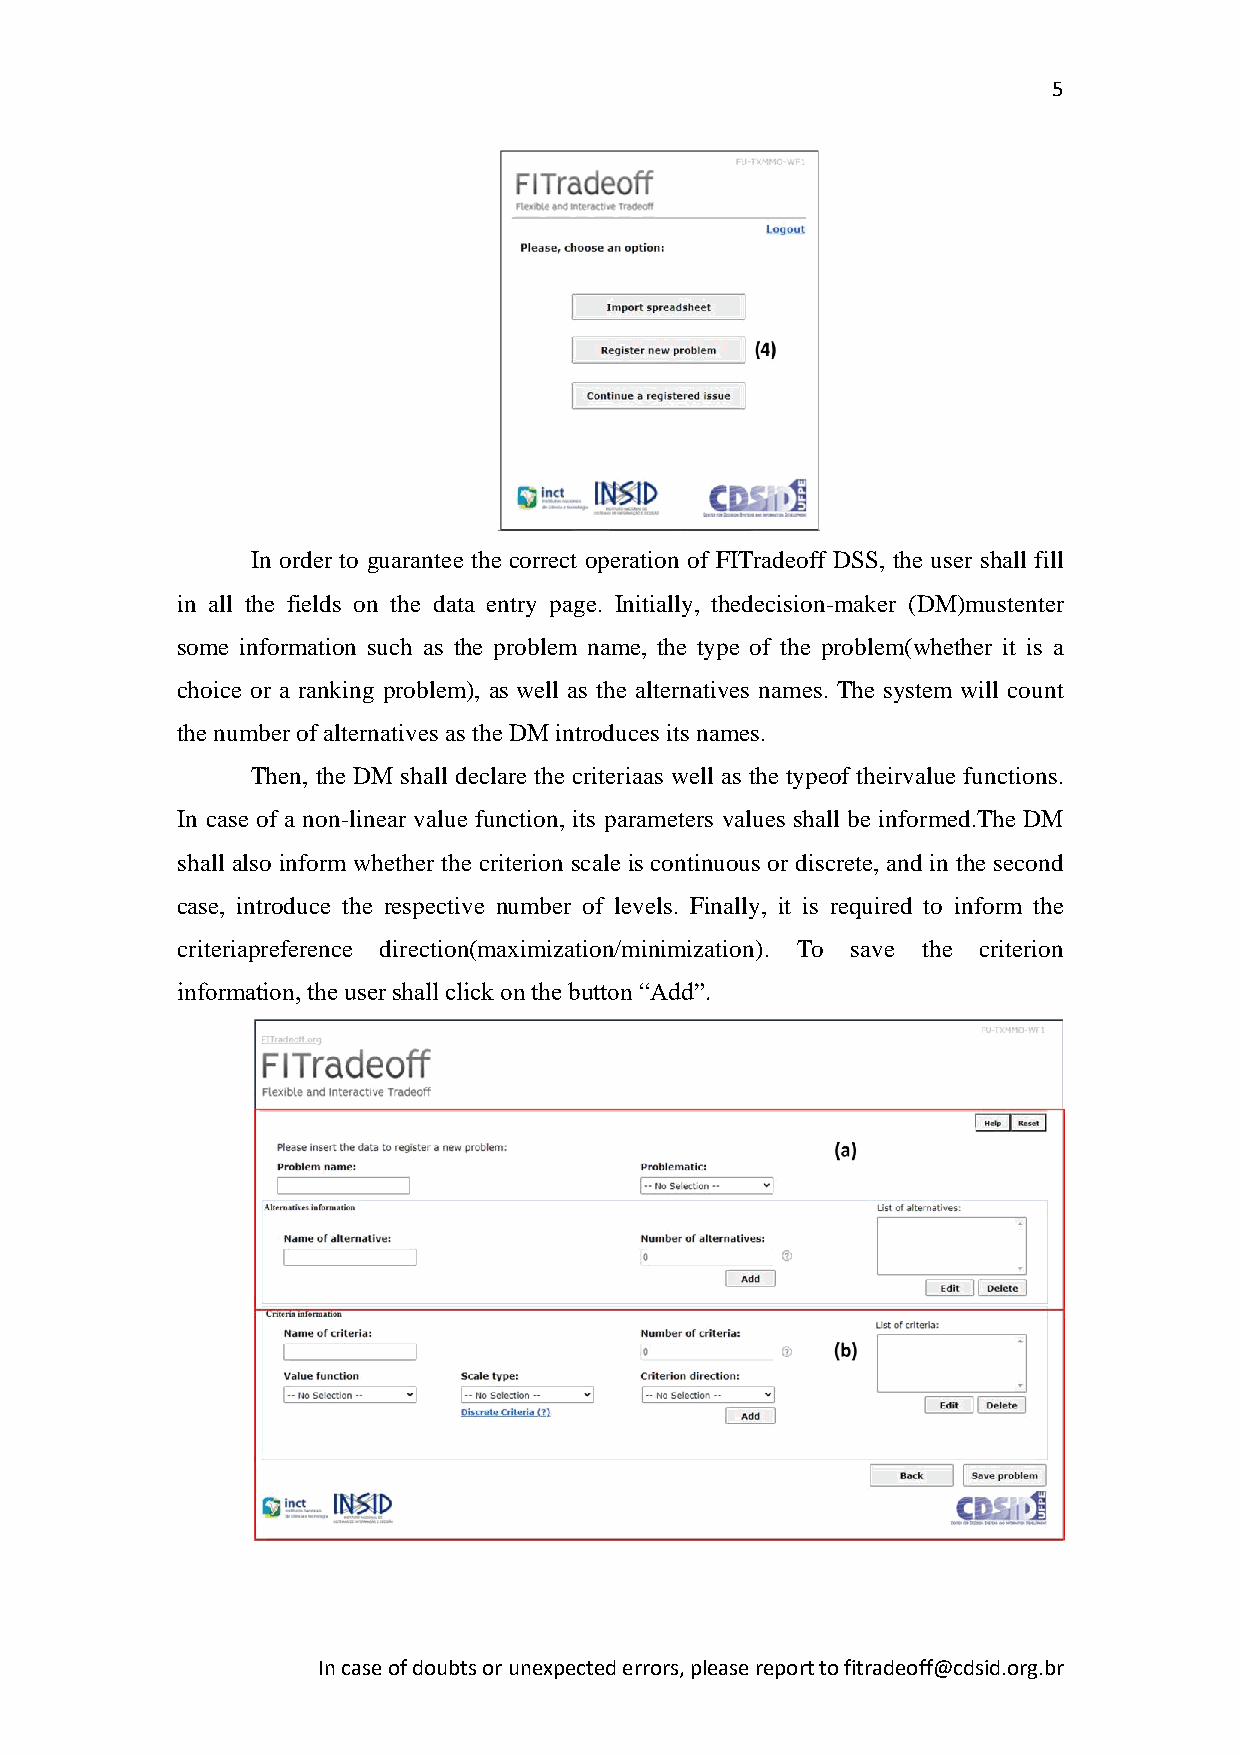
5
 In order to guarantee the correct operation of FITradeoff DSS, the user shall fill
 in all the fields on the data entry page. Initially, thedecision-maker (DM)mustenter
 some information such as the problem name, the type of the problem(whether it is a
 choice or a ranking problem), as well as the alternatives names. The system will count
 the number of alternatives as the DM introduces its names.
 Then, the DM shall declare the criteriaas well as the typeof theirvalue functions.
 In case of a non-linear value function, its parameters values shall be informed.The DM
 shall also inform whether the criterion scale is continuous or discrete, and in the second
 case, introduce the respective number of levels. Finally, it is required to inform the
 criteriapreference direction(maximization/minimization). To save the criterion
 information, the user shall click on the button “Add”.
 In case of doubts or unexpected errors, please report to fitradeoff@cdsid.org.br